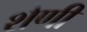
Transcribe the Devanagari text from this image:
शेणी